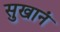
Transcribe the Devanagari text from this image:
सुखानं